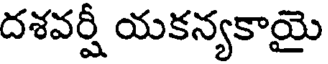
దశవర్షీ యకన్యకాయై